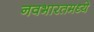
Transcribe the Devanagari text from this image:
नवभारतमध्ये